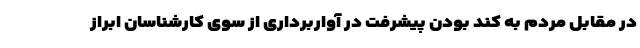
در مقابل مردم به کند بودنِ پیشرفت در آواربرداری از سوی کارشناسان ابراز